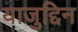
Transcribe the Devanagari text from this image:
याजुद्दिन